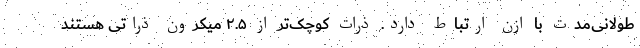
طولانی‌مدت با اُزن ارتباط دارد. ذرات کوچک‌تر از ۲.۵ میکرون ذراتی هستند